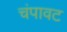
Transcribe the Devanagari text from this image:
चंपावट